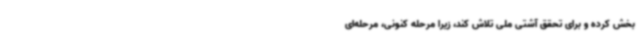
بخش کرده و برای تحقق آشتی ملی تلاش کند، زیرا مرحله کنونی، مرحله‌ای